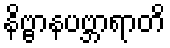
နိဗ္ဗာနပဗ္ဘာရာတိ